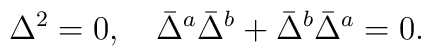
\Delta^2=0,\quad\bar{\Delta}^a\bar{\Delta}^b+\bar{\Delta}^b\bar{\Delta}^a=0.